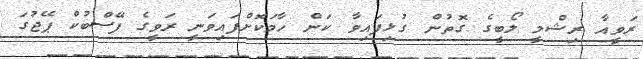
ރަވީއާ ރިޝްމީ ލޯބީގެ ގޮތުން ގުޅިފައިވާ ކަން ހާމަކޮށްފައިވަނީ ރަވީގެ ފޭސްބުކް ޕޭޖުގަ